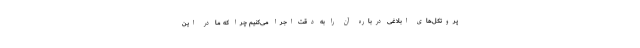
پروتکل‌های ابلاغی درباره آن را به دقت اجرا می‌کنیم چرا که ما در این